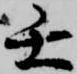
壬